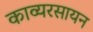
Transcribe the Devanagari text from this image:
काव्यरसायन